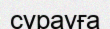
сүрауға